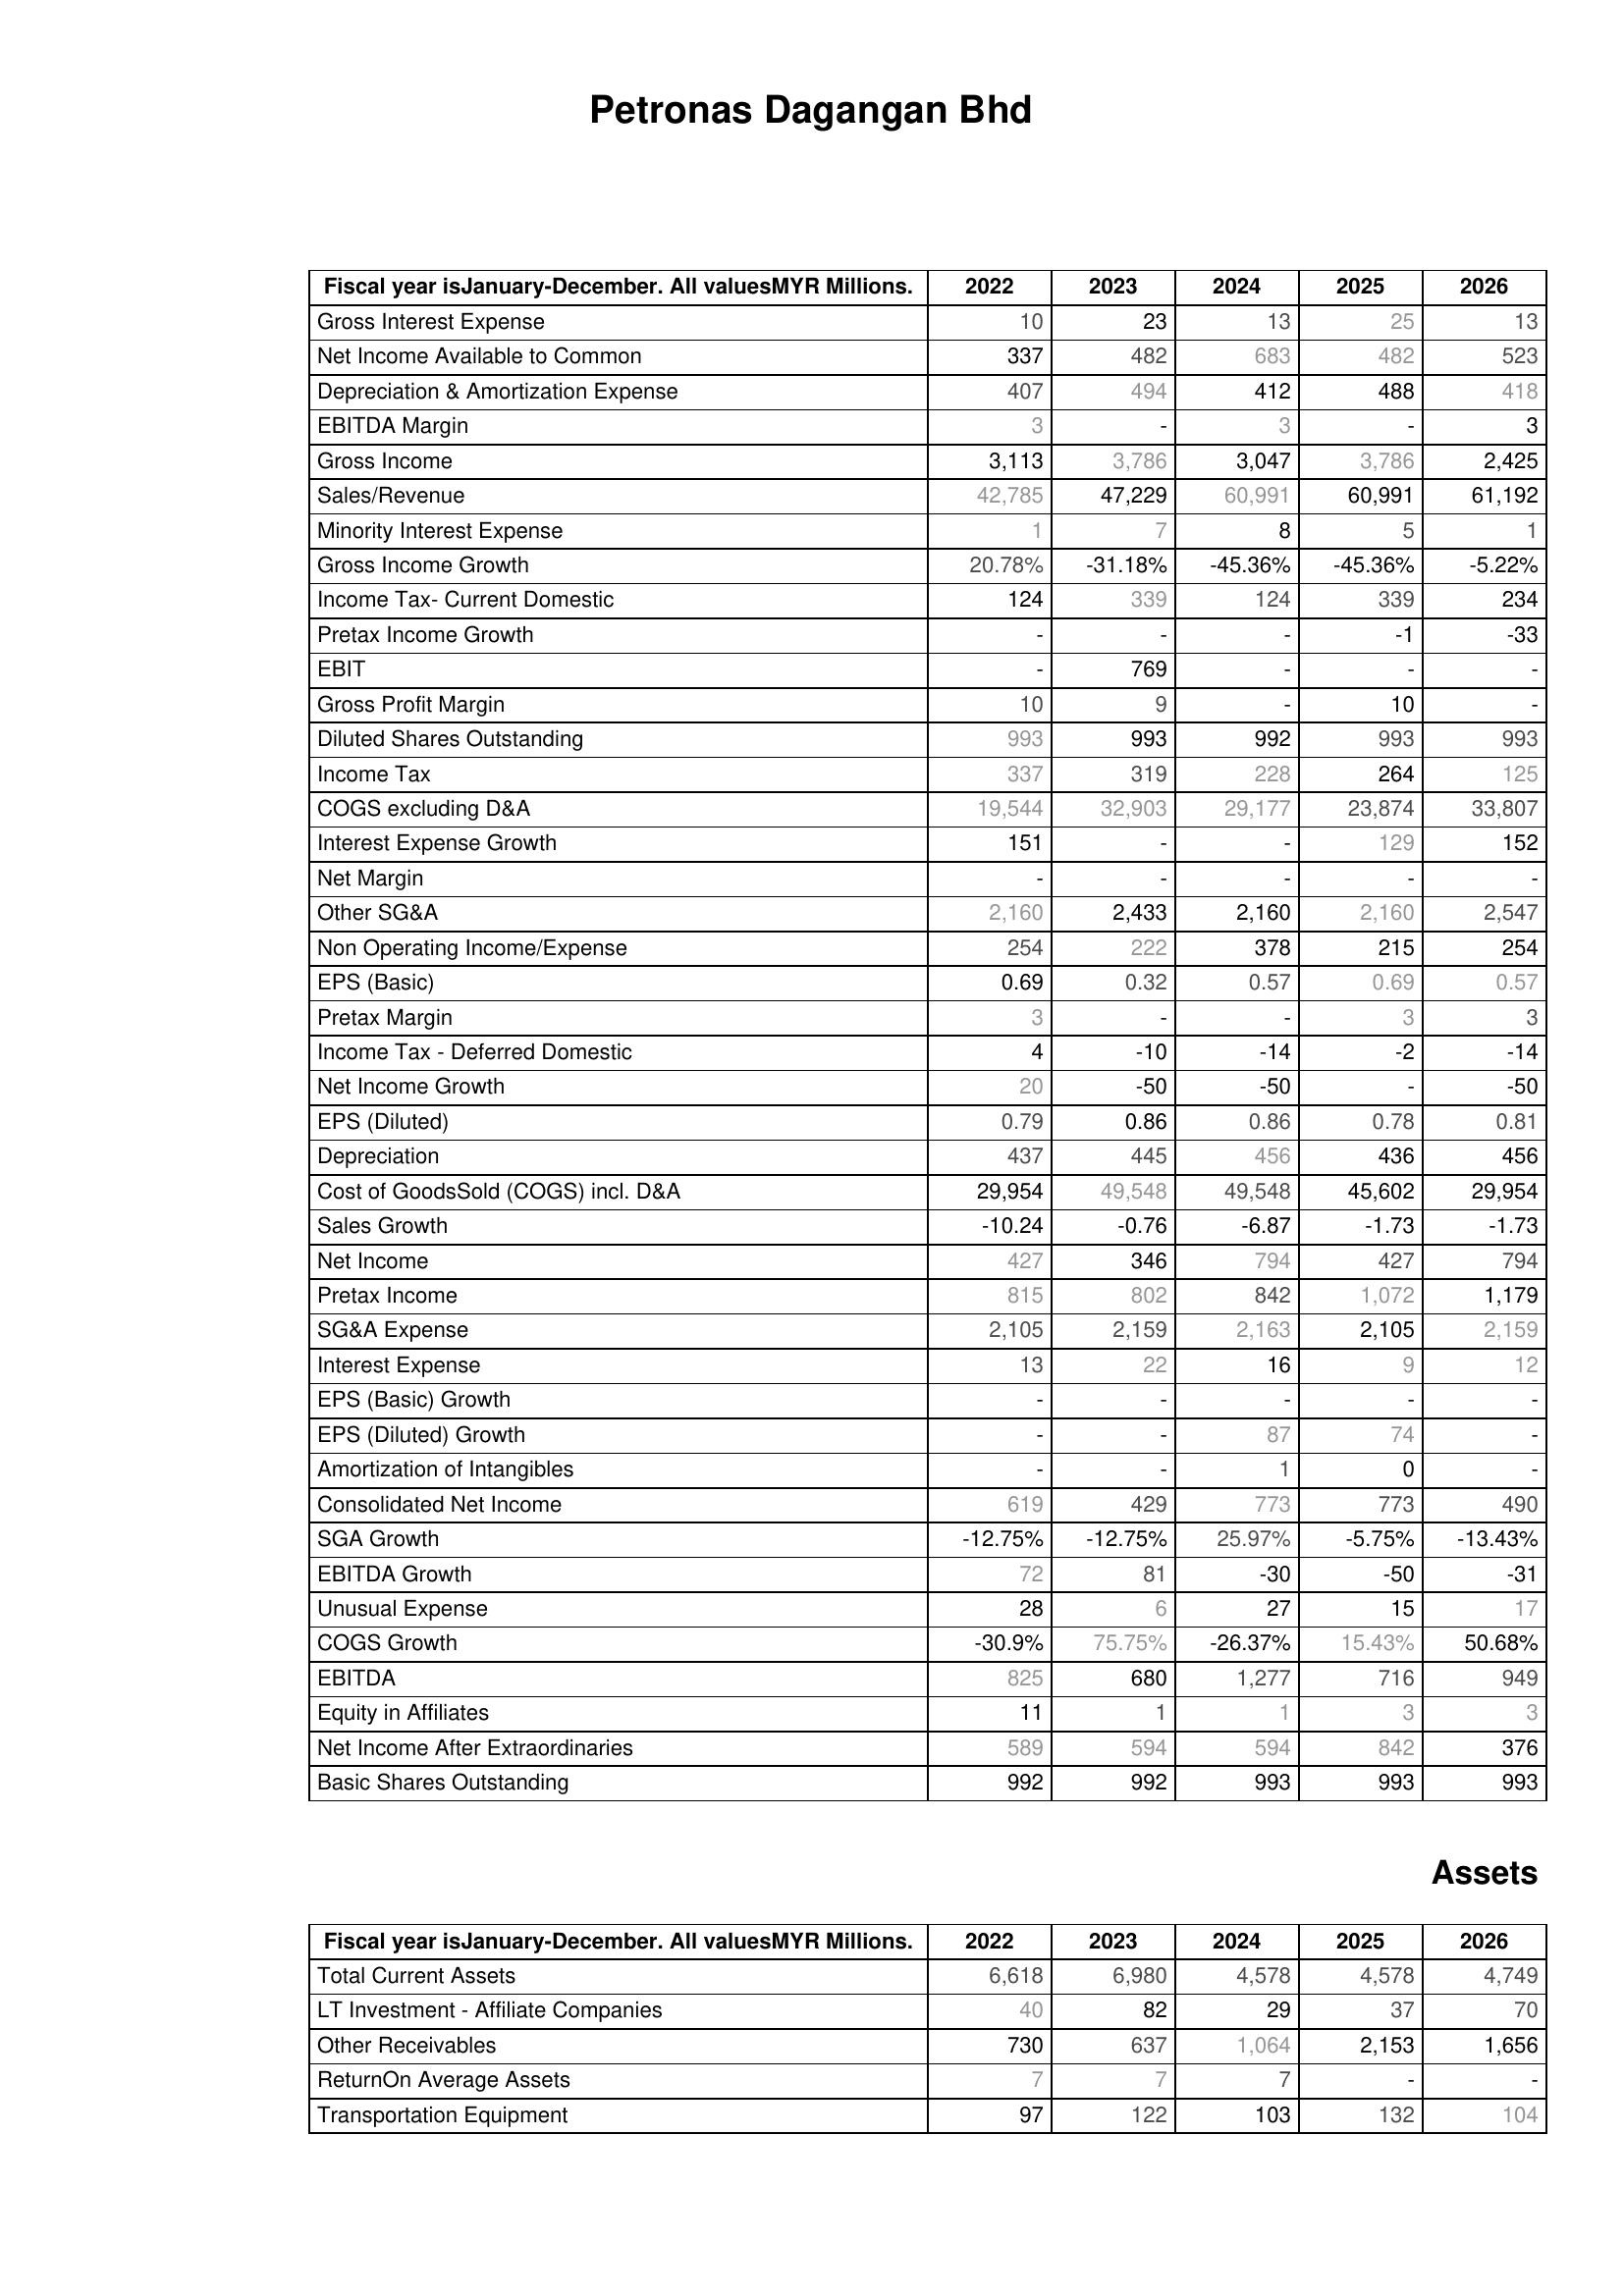
2022: : Gross Interest Expense: 10
Net Income Available to Common: 337
Depreciation & Amortization Expense: 407
EBITDA Margin: 3
Gross Income: 3,113
Sales/Revenue: 42,785
Minority Interest Expense: 1
Gross Income Growth: 20.78%
Income Tax- Current Domestic: 124
Pretax Income Growth: -
EBIT: -
Gross Profit Margin: 10
Diluted Shares Outstanding: 993
Income Tax: 337
COGS excluding D&A: 19,544
Interest Expense Growth: 151
Net Margin: -
Other SG&A: 2,160
Non Operating Income/Expense: 254
EPS (Basic): 0.69
Pretax Margin: 3
Income Tax - Deferred Domestic: 4
Net Income Growth: 20
EPS (Diluted): 0.79
Depreciation: 437
Cost of GoodsSold (COGS) incl. D&A: 29,954
Sales Growth: -10.24
Net Income: 427
Pretax Income: 815
SG&A Expense: 2,105
Interest Expense: 13
EPS (Basic) Growth: -
EPS (Diluted) Growth: -
Amortization of Intangibles: -
Consolidated Net Income: 619
SGA Growth: -12.75%
EBITDA Growth: 72
Unusual Expense: 28
COGS Growth: -30.9%
EBITDA: 825
Equity in Affiliates: 11
Net Income After Extraordinaries: 589
Basic Shares Outstanding: 992
Assets: Total Current Assets: 6,618
LT Investment - Affiliate Companies: 40
Other Receivables: 730
ReturnOn Average Assets: 7
Transportation Equipment: 97
2023: : Gross Interest Expense: 23
Net Income Available to Common: 482
Depreciation & Amortization Expense: 494
EBITDA Margin: -
Gross Income: 3,786
Sales/Revenue: 47,229
Minority Interest Expense: 7
Gross Income Growth: -31.18%
Income Tax- Current Domestic: 339
Pretax Income Growth: -
EBIT: 769
Gross Profit Margin: 9
Diluted Shares Outstanding: 993
Income Tax: 319
COGS excluding D&A: 32,903
Interest Expense Growth: -
Net Margin: -
Other SG&A: 2,433
Non Operating Income/Expense: 222
EPS (Basic): 0.32
Pretax Margin: -
Income Tax - Deferred Domestic: -10
Net Income Growth: -50
EPS (Diluted): 0.86
Depreciation: 445
Cost of GoodsSold (COGS) incl. D&A: 49,548
Sales Growth: -0.76
Net Income: 346
Pretax Income: 802
SG&A Expense: 2,159
Interest Expense: 22
EPS (Basic) Growth: -
EPS (Diluted) Growth: -
Amortization of Intangibles: -
Consolidated Net Income: 429
SGA Growth: -12.75%
EBITDA Growth: 81
Unusual Expense: 6
COGS Growth: 75.75%
EBITDA: 680
Equity in Affiliates: 1
Net Income After Extraordinaries: 594
Basic Shares Outstanding: 992
Assets: Total Current Assets: 6,980
LT Investment - Affiliate Companies: 82
Other Receivables: 637
ReturnOn Average Assets: 7
Transportation Equipment: 122
2024: : Gross Interest Expense: 13
Net Income Available to Common: 683
Depreciation & Amortization Expense: 412
EBITDA Margin: 3
Gross Income: 3,047
Sales/Revenue: 60,991
Minority Interest Expense: 8
Gross Income Growth: -45.36%
Income Tax- Current Domestic: 124
Pretax Income Growth: -
EBIT: -
Gross Profit Margin: -
Diluted Shares Outstanding: 992
Income Tax: 228
COGS excluding D&A: 29,177
Interest Expense Growth: -
Net Margin: -
Other SG&A: 2,160
Non Operating Income/Expense: 378
EPS (Basic): 0.57
Pretax Margin: -
Income Tax - Deferred Domestic: -14
Net Income Growth: -50
EPS (Diluted): 0.86
Depreciation: 456
Cost of GoodsSold (COGS) incl. D&A: 49,548
Sales Growth: -6.87
Net Income: 794
Pretax Income: 842
SG&A Expense: 2,163
Interest Expense: 16
EPS (Basic) Growth: -
EPS (Diluted) Growth: 87
Amortization of Intangibles: 1
Consolidated Net Income: 773
SGA Growth: 25.97%
EBITDA Growth: -30
Unusual Expense: 27
COGS Growth: -26.37%
EBITDA: 1,277
Equity in Affiliates: 1
Net Income After Extraordinaries: 594
Basic Shares Outstanding: 993
Assets: Total Current Assets: 4,578
LT Investment - Affiliate Companies: 29
Other Receivables: 1,064
ReturnOn Average Assets: 7
Transportation Equipment: 103
2025: : Gross Interest Expense: 25
Net Income Available to Common: 482
Depreciation & Amortization Expense: 488
EBITDA Margin: -
Gross Income: 3,786
Sales/Revenue: 60,991
Minority Interest Expense: 5
Gross Income Growth: -45.36%
Income Tax- Current Domestic: 339
Pretax Income Growth: -1
EBIT: -
Gross Profit Margin: 10
Diluted Shares Outstanding: 993
Income Tax: 264
COGS excluding D&A: 23,874
Interest Expense Growth: 129
Net Margin: -
Other SG&A: 2,160
Non Operating Income/Expense: 215
EPS (Basic): 0.69
Pretax Margin: 3
Income Tax - Deferred Domestic: -2
Net Income Growth: -
EPS (Diluted): 0.78
Depreciation: 436
Cost of GoodsSold (COGS) incl. D&A: 45,602
Sales Growth: -1.73
Net Income: 427
Pretax Income: 1,072
SG&A Expense: 2,105
Interest Expense: 9
EPS (Basic) Growth: -
EPS (Diluted) Growth: 74
Amortization of Intangibles: 0
Consolidated Net Income: 773
SGA Growth: -5.75%
EBITDA Growth: -50
Unusual Expense: 15
COGS Growth: 15.43%
EBITDA: 716
Equity in Affiliates: 3
Net Income After Extraordinaries: 842
Basic Shares Outstanding: 993
Assets: Total Current Assets: 4,578
LT Investment - Affiliate Companies: 37
Other Receivables: 2,153
ReturnOn Average Assets: -
Transportation Equipment: 132
2026: : Gross Interest Expense: 13
Net Income Available to Common: 523
Depreciation & Amortization Expense: 418
EBITDA Margin: 3
Gross Income: 2,425
Sales/Revenue: 61,192
Minority Interest Expense: 1
Gross Income Growth: -5.22%
Income Tax- Current Domestic: 234
Pretax Income Growth: -33
EBIT: -
Gross Profit Margin: -
Diluted Shares Outstanding: 993
Income Tax: 125
COGS excluding D&A: 33,807
Interest Expense Growth: 152
Net Margin: -
Other SG&A: 2,547
Non Operating Income/Expense: 254
EPS (Basic): 0.57
Pretax Margin: 3
Income Tax - Deferred Domestic: -14
Net Income Growth: -50
EPS (Diluted): 0.81
Depreciation: 456
Cost of GoodsSold (COGS) incl. D&A: 29,954
Sales Growth: -1.73
Net Income: 794
Pretax Income: 1,179
SG&A Expense: 2,159
Interest Expense: 12
EPS (Basic) Growth: -
EPS (Diluted) Growth: -
Amortization of Intangibles: -
Consolidated Net Income: 490
SGA Growth: -13.43%
EBITDA Growth: -31
Unusual Expense: 17
COGS Growth: 50.68%
EBITDA: 949
Equity in Affiliates: 3
Net Income After Extraordinaries: 376
Basic Shares Outstanding: 993
Assets: Total Current Assets: 4,749
LT Investment - Affiliate Companies: 70
Other Receivables: 1,656
ReturnOn Average Assets: -
Transportation Equipment: 104